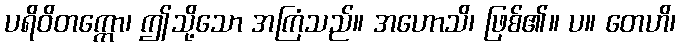
ပရိဝိတက္ကော၊ ဤသို့သော အကြံသည်။ အဟောသိ၊ ဖြစ်၏။ ပ။ တေဟိ၊